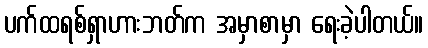
ပက်ထရစ်ရှာဟားဘတ်က အမှာစာမှာ ရေးခဲ့ပါတယ်။